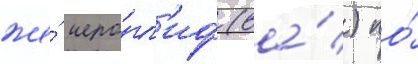
же́ иеро́гл'иф (ва́) по́